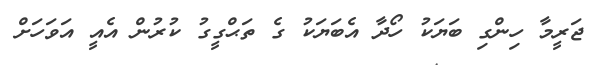
ޖަރީމާ ހިންގި ބަޔަކު ހޯދާ އެބަޔަކު ގެ ތަޙްގީގު ކުރުން އެއީ އަވަހަށް